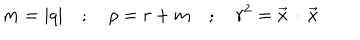
m = | q | \quad ; \quad \rho = r + m \quad ; \quad r ^ { 2 } = { \vec { x } } \, \cdot \, { \vec { x } }